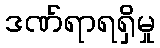
ဒဏ်ရာရရှိမှု